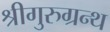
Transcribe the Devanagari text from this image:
श्रीगुरुग्रन्थ